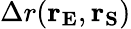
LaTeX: \Delta r(\mathbf{r_{E}},\mathbf{r_{S}})